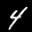
Label: 4